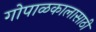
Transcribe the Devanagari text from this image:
गोपाळकालासाठी